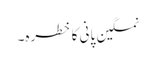
نمکین پانی کا خطرہ۔